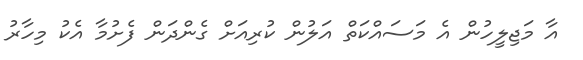
އާ މަޖިލީހުން އެ މަސައްކަތް އަލުން ކުރިއަށް ގެންދަން ފެށުމާ އެކު މިހާރު